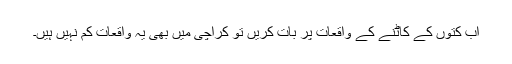
اب کتوں کے کاٹنے کے واقعات پر بات کریں تو کراچی میں بھی یہ واقعات کم نہیں ہیں۔